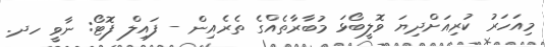
މިއަހަރު ކުރިއަށްދިޔަ ވޮލީބޯޅަ މުބާރާތެއްގެ ތެރެއިން - ފައިލް ފޮޓޯ: ނާވީ ހދ.